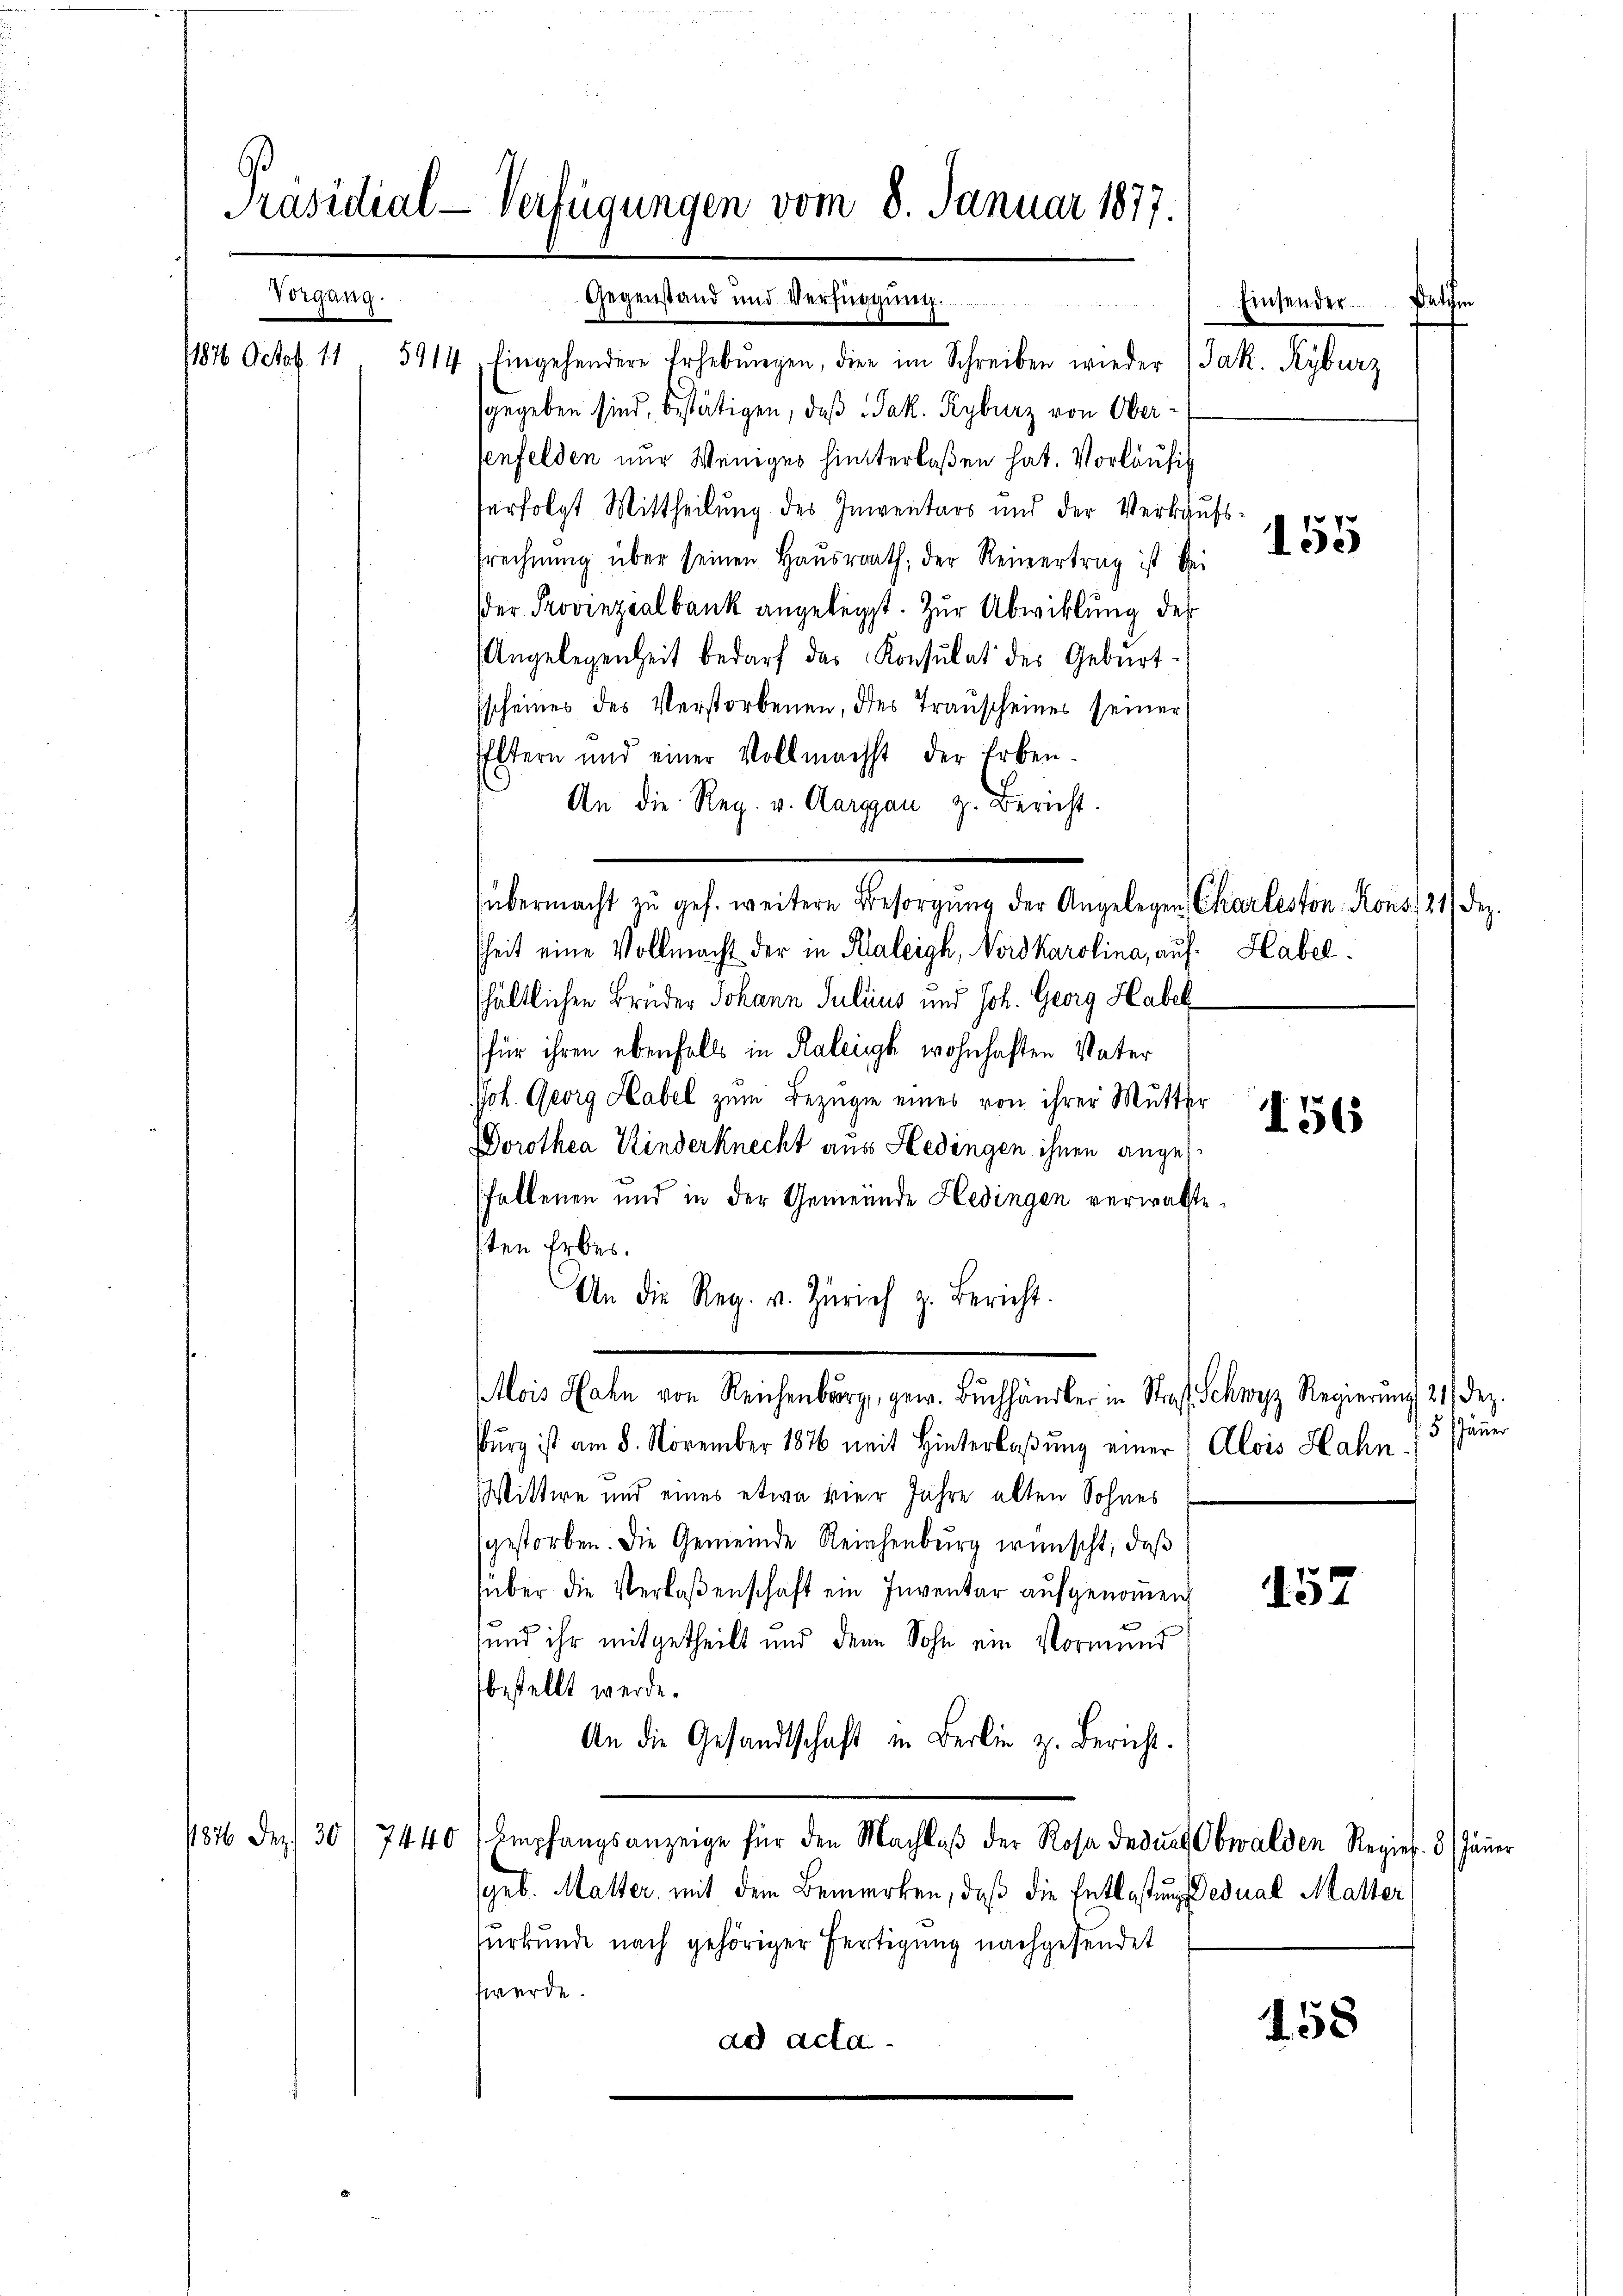
Präsidial-Verfügungen vom 8. Januar 1877.
Vorgang.
Gegenstand und Verfügung.

176 Octob. 11

5914, Eingehendere Erhebŭngen, die im Schreiben wieder (Jak. Ryburg
gegeben sind, bestätigen, daß Jak. Ryburz von Oberenfelden nur Weniges hinterlaßen hat. Vorläufig
serfolgt Mittheilung des Inventars und der Verkaufs-
srechnŭng über seinen Haŭsrrath, der Reinertrag ist bei
(der Provinzialbank angelegt. Zur Abwicklung des
Angelegenheit bedarf das Konsulat des Geburt
Escheines des Verstorbenen, des Transcheines seiner
Eltern und einer Vollmachst der Erben-
An die Reg. v. Aargau, z. Bericht.
sheit eine Vollmacht der in Kaleigh, Nordkarolina, auf. Habelshältlichen Brüder Johann Julius und Joh. Georg Habel
(für ihren ebenfalls in Kaleisch wohnhaften Vater
Joh. Georg Habel zum Bezugin eines von ihrer Mutter
Dorothea Kinderknecht aus Hedingen ihnen anges¬
Pfallenen und in der Gemeinde Hedingen verwaltesten Erbes.
An die Reg. v. Zürich z. Bericht.
ois Hahn von Reichenburg, gew. Bŭchhändler in Straf Schwyz Regierung 21 Dez.
Burg ist am 8. November 1876 mit Hinterlaßung einer Alois Hahn
Wittwe und eines etwa vier Jahre alten Sohnes
gestorben. Die Gemeinde Reichenburg wünscht, daß
ŭber die Verlaßenschaft ein Inventar aufgenoṁen,
und ihr mitgetheilt und den Sohn ein Vormund
bestellt werde.
An die Gesandtschaft in Berlin z. Bericht.
184 Dez. 301 7440 Empfangsanzeige für den Nachlaβ der Rosa deduct Obwalden Regies. 3) Jänner
(geb. Malter, mit dem Bemerken, daß die Entlastung Dedual Matter
surkunde nach gehöriger Fertigung nachgesendet
werde.
ad acta

übermacht zu geh. weitere Besorgung der Angelegen Charleston Kons. 121) Dez.

te
Einsender

155

156

f 5 Jänner

152

158